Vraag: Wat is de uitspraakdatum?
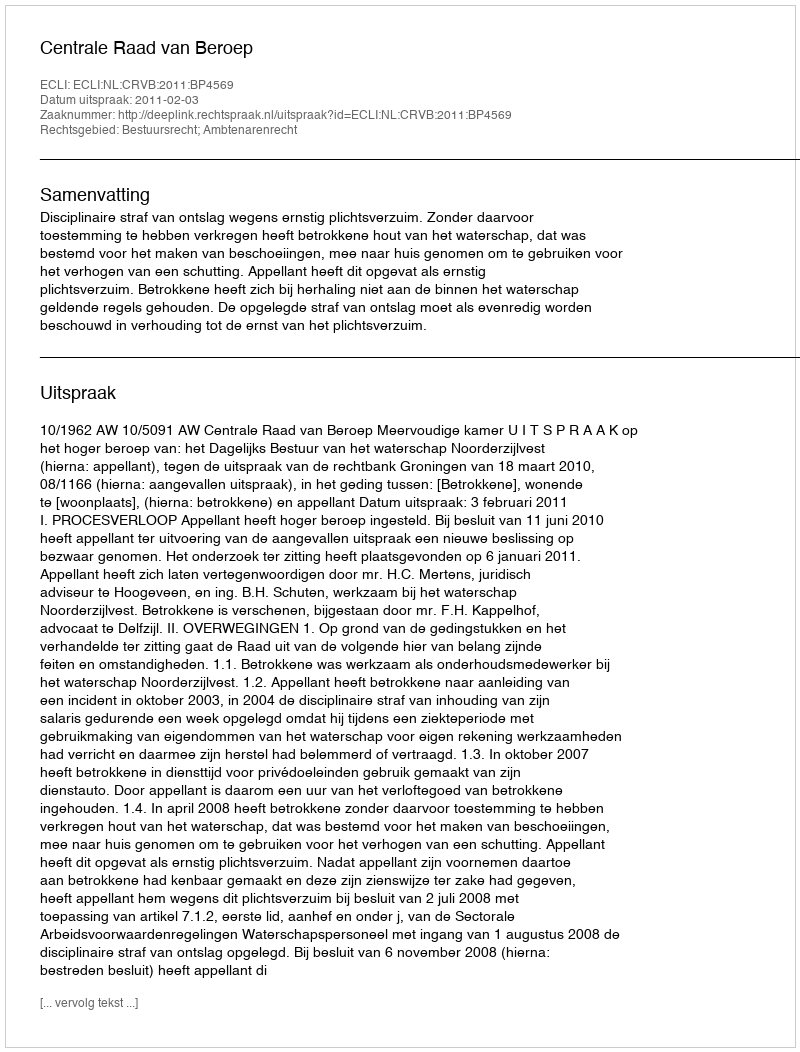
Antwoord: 2011-02-03